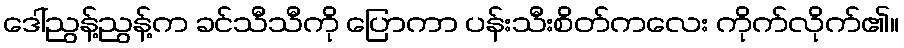
ဒေါ်ညွန့်ညွန့်က ခင်သီသီကို ပြောကာ ပန်းသီးစိတ်ကလေး ကိုက်လိုက်၏။